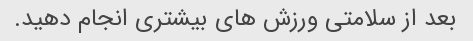
بعد از سلامتی ورزش های بیشتری انجام دهید.